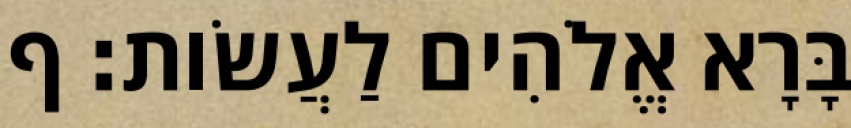
בָּרָא אֱלֹהִים לַעֲשֹׂות׃ ף